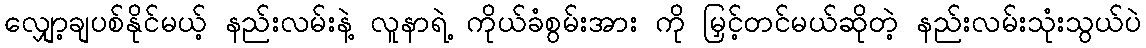
လျှော့ချပစ်နိုင်မယ့် နည်းလမ်းနဲ့ လူနာရဲ့ ကိုယ်ခံစွမ်းအား ကို မြှင့်တင်မယ်ဆိုတဲ့ နည်းလမ်းသုံးသွယ်ပဲ